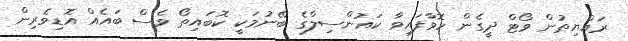
ރައްޔިތުން ވޯޓް ދީގެން ހޮވާފައިވާ ކައުންސިލްގެ ބޭނުމަކީ ކޮބައިތޯ ވެސް ބައެއް އޮޑިވެރިން